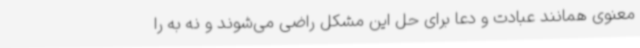
معنوی همانند عبادت و دعا برای حل این مشکل راضی می‌شوند و نه به را